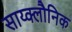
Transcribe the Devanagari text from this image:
साय्क्लौनिक